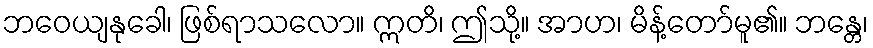
ဘဝေယျနုခေါ၊ ဖြစ်ရာသလော။ ဣတိ၊ ဤသို့။ အာဟ၊ မိန့်တော်မူ၏။ ဘန္တေ၊